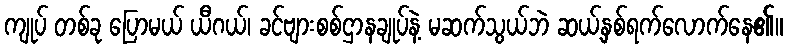
ကျုပ် တစ်ခု ပြောမယ် ယီဂယ်၊ ခင်ဗျားစစ်ဌာနချုပ်နဲ့ မဆက်သွယ်ဘဲ ဆယ့်နှစ်ရက်လောက်နေ၏။